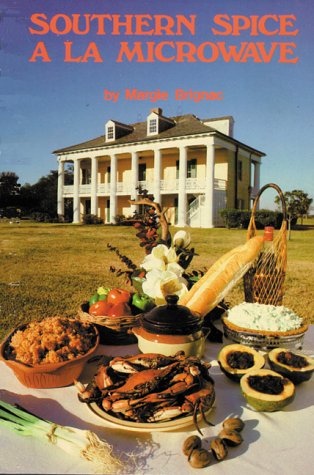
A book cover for Southern Spice a la Microwave; Margie Brignac; Cookbooks, Food & Wine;